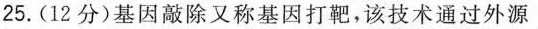
25.(12分)基因敲除又称基因打靶，该技术通过外源